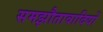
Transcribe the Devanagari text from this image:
समझौतावादियों